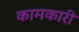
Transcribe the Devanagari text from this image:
कामकारी